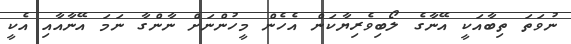
ނުވަތަ ތިބާއަކީ އޭނާގެ ލޯބިވެރިޔާކަން އެހެން މީހުންނަށް ނާންގާ ނަމަ އޭނާއާއި އެކީ